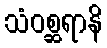
သံဝစ္ဆရာနိ